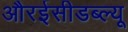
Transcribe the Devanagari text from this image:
औरईसीडब्ल्यू